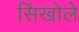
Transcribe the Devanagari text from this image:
सिंखोले